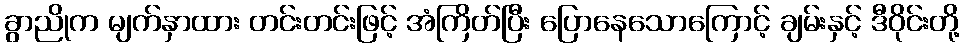
ခွာညိုက မျက်နှာထား တင်းတင်းဖြင့် အံကြိတ်ပြီး ပြောနေသောကြောင့် ချမ်းနှင့် ဒီဝိုင်းတို့